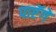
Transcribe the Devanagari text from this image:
पाएॅगें